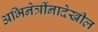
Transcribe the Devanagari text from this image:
अभिनेत्रींनादेखील